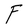
Character: F